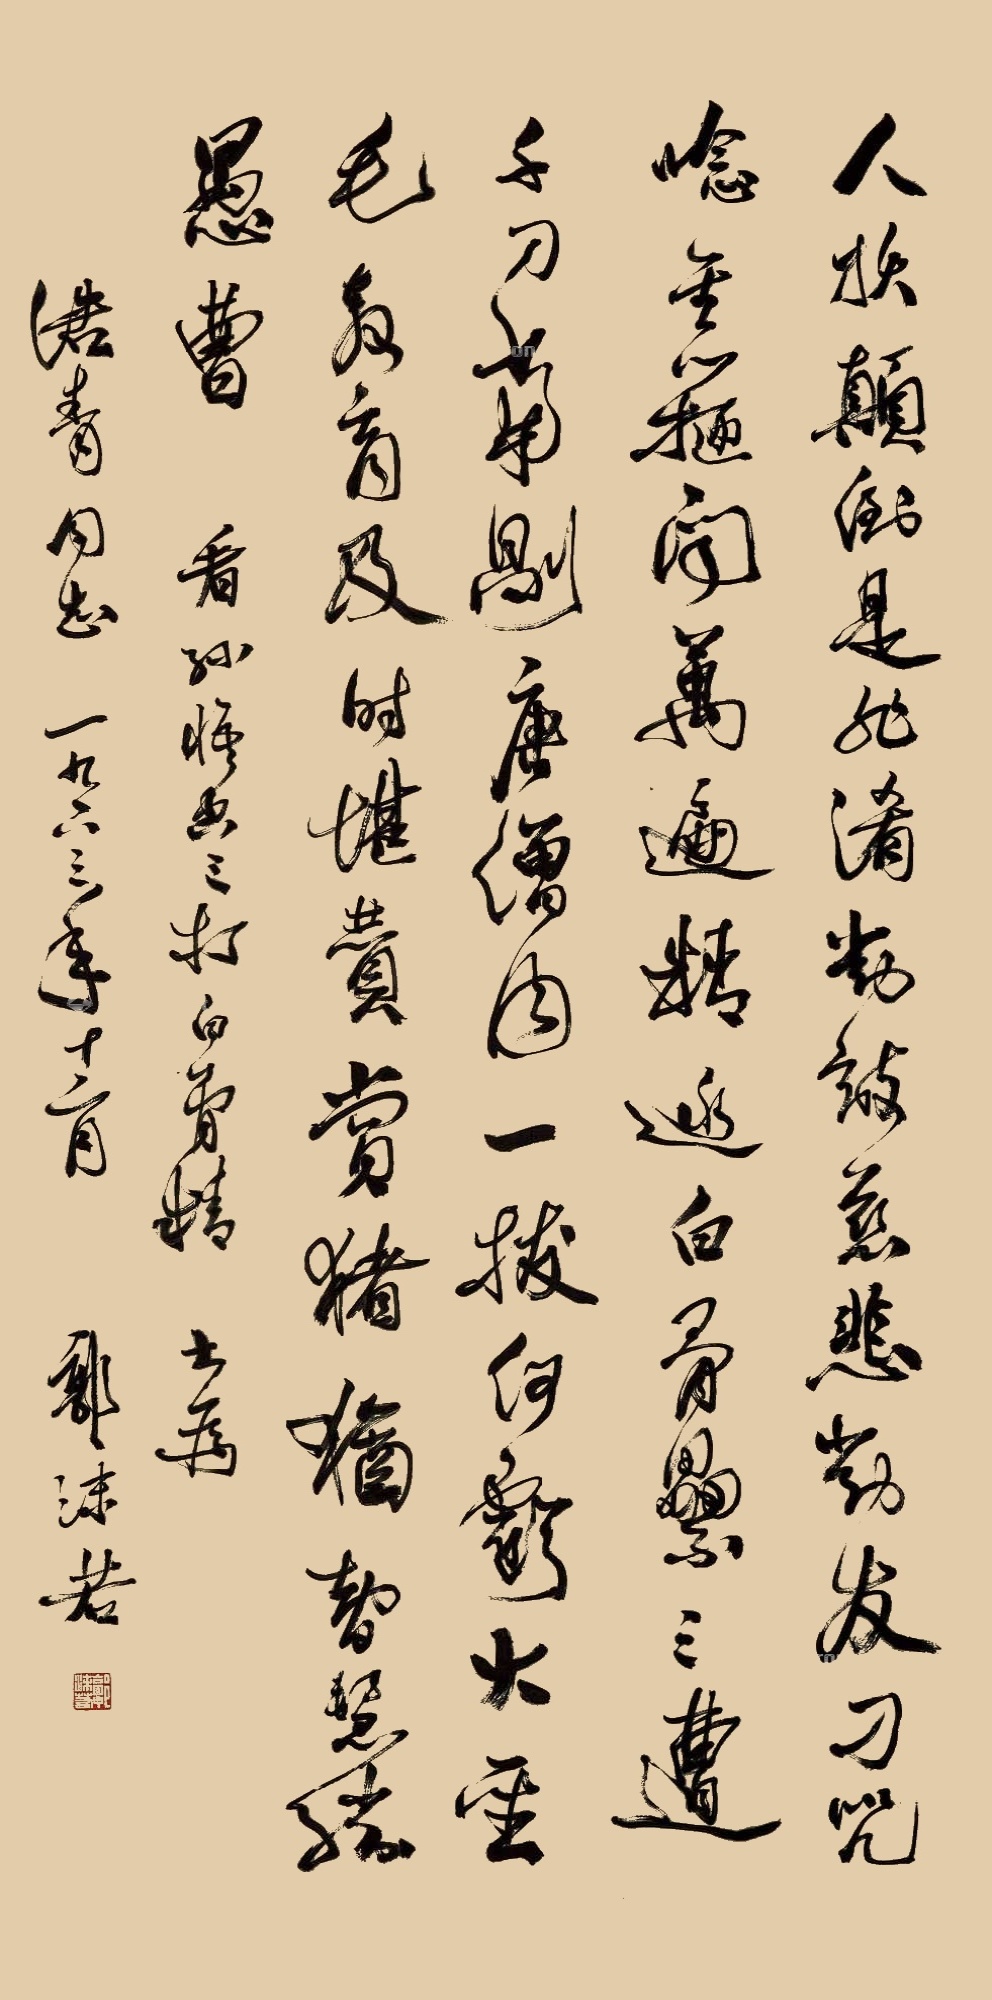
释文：人妖颠倒是非淆，对敌慈悲对友刁。咒念金箍闻万遍，精逃白骨累三遭。千刀当剐唐僧肉，一拔何亏大圣毛。教育及时堪赞赏，猪犹智慧胜愚曹。《看孙悟空三打白骨精》，书为浩青同志，一九六三年十二月，郭沫若。郭沫若（白文）